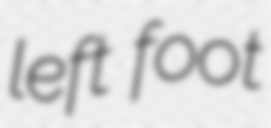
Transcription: left foot